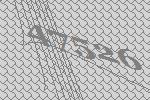
47526